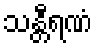
သန္တီရဏံ